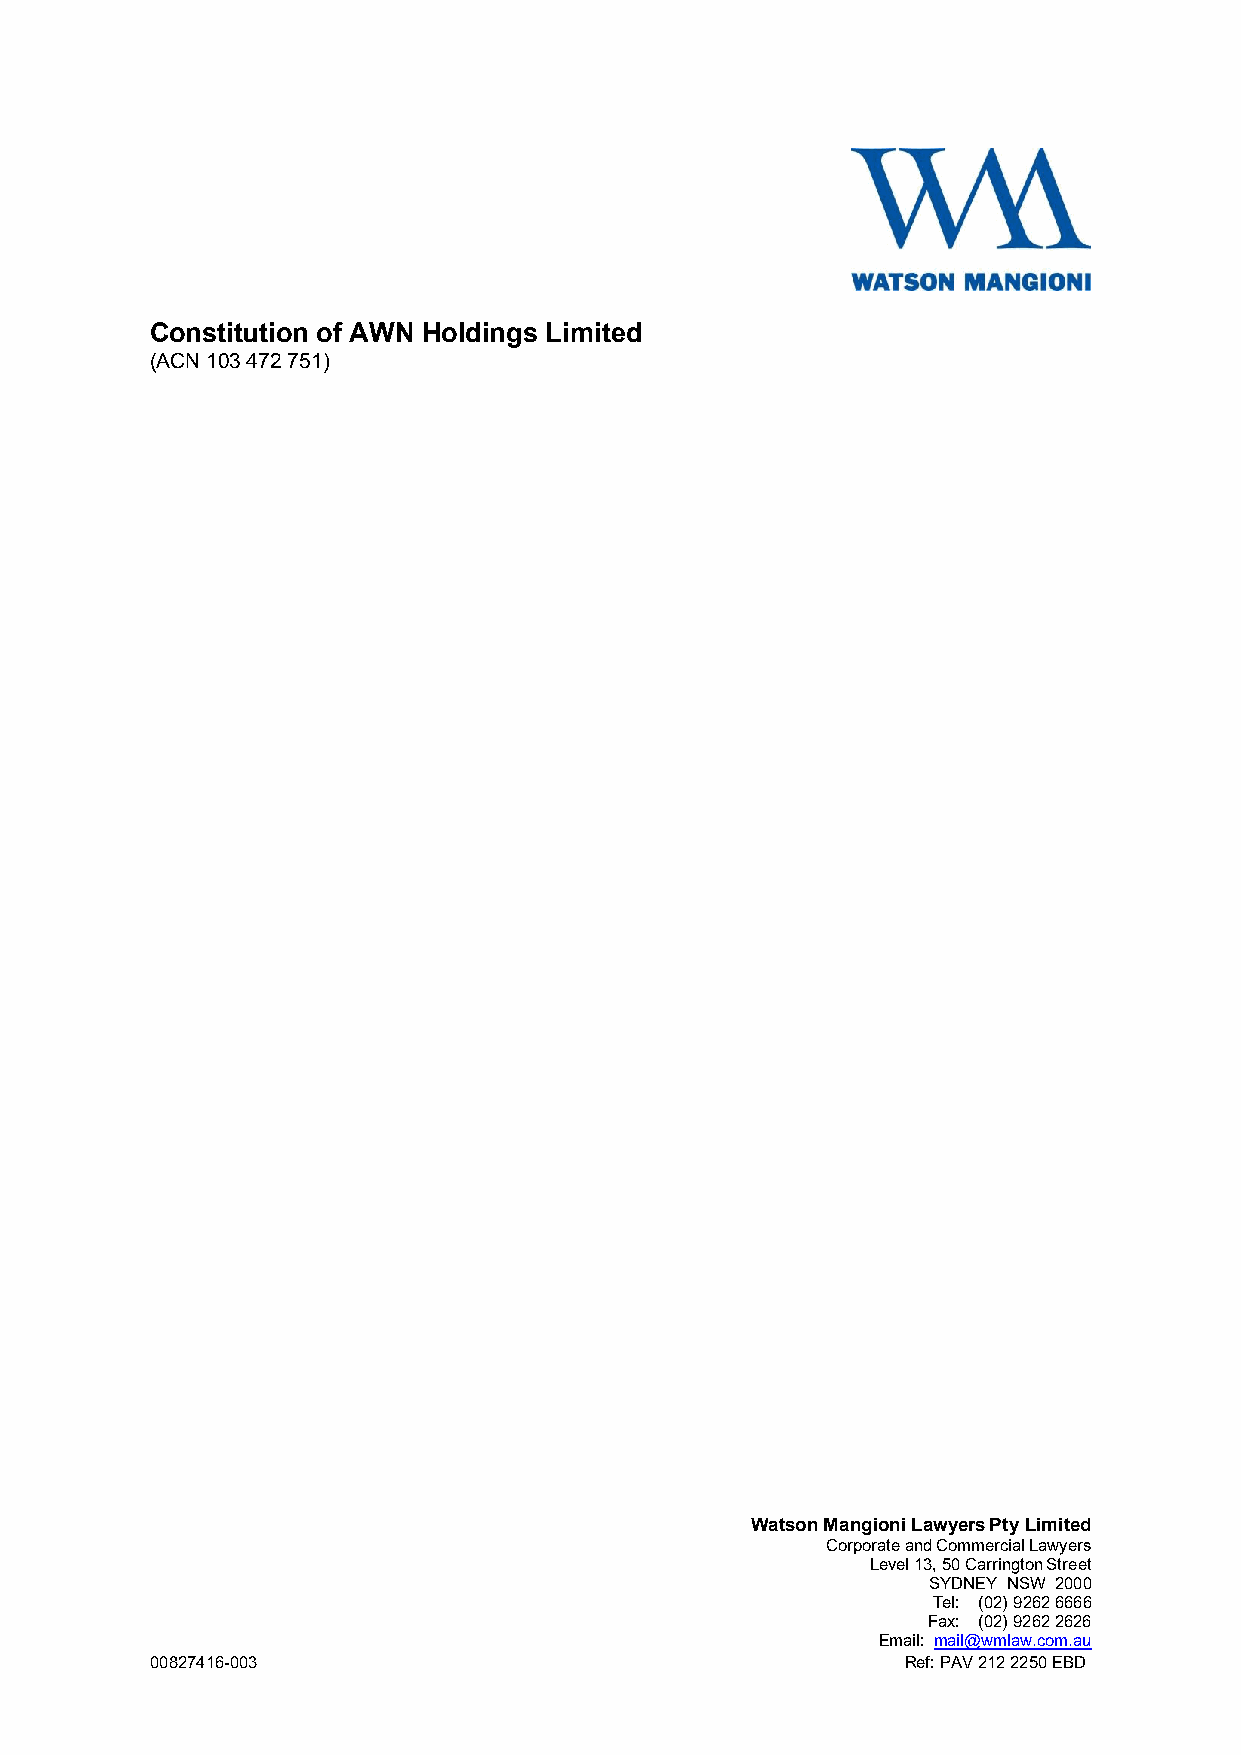
Constitution of AWN Holdings Limited
 (ACN 103 472 751)
 Watson Mangioni Lawyers Pty Limited
 Corporate and Commercial Lawyers
 Level 13, 50 Carrington Street
 SYDNEY NSW 2000
 Tel: (02) 9262 6666
 Fax: (02) 9262 2626
 Email: mail@wmlaw.com.au
 00827416-003                                      Ref: PAV 212 2250 EBD